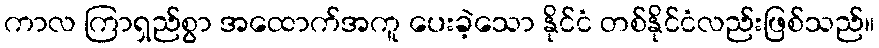
ကာလ ကြာရှည်စွာ အထောက်အကူ ပေးခဲ့သော နိုင်ငံ တစ်နိုင်ငံလည်းဖြစ်သည်။